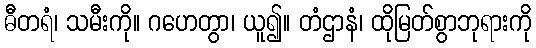
ဓီတရံ၊ သမီးကို။ ဂဟေတွာ၊ ယူ၍။ တံဌာနံ၊ ထိုမြတ်စွာဘုရားကို